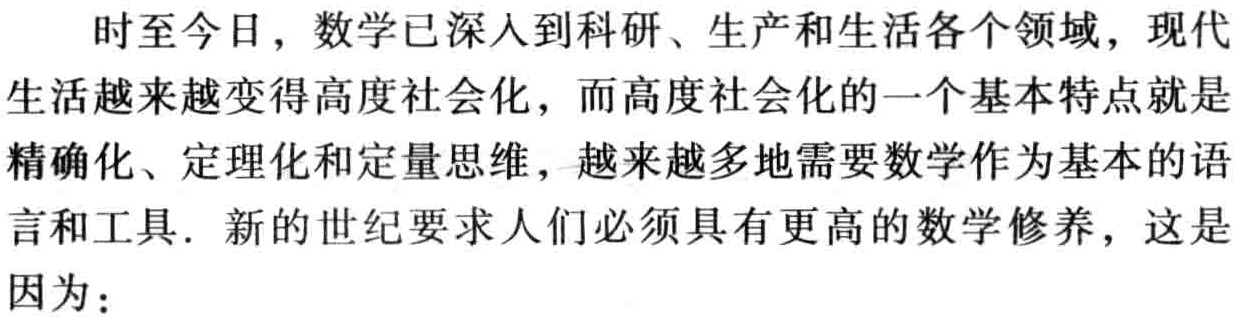
时至今日，数学已深入到科研、生产和生活各个领域，现代生活越来越变得高度社会化，而高度社会化的一个基本特点就是精确化、定理化和定量思维，越来越多地需要数学作为基本的语言和工具. 新的世纪要求人们必须具有更高的数学修养，这是因为：